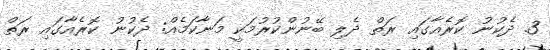
3. ދެކުނު ކޮރެއާގައި ރަތް ދެލި ބޭނުންކުރުމަކީ މަނާކަމެއް: ދެކުނު ކޮރެއާގައި ރަތް